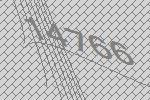
14766